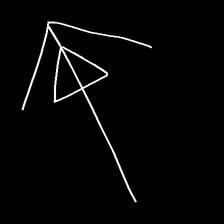
Glyph: pull